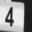
Digit: 4